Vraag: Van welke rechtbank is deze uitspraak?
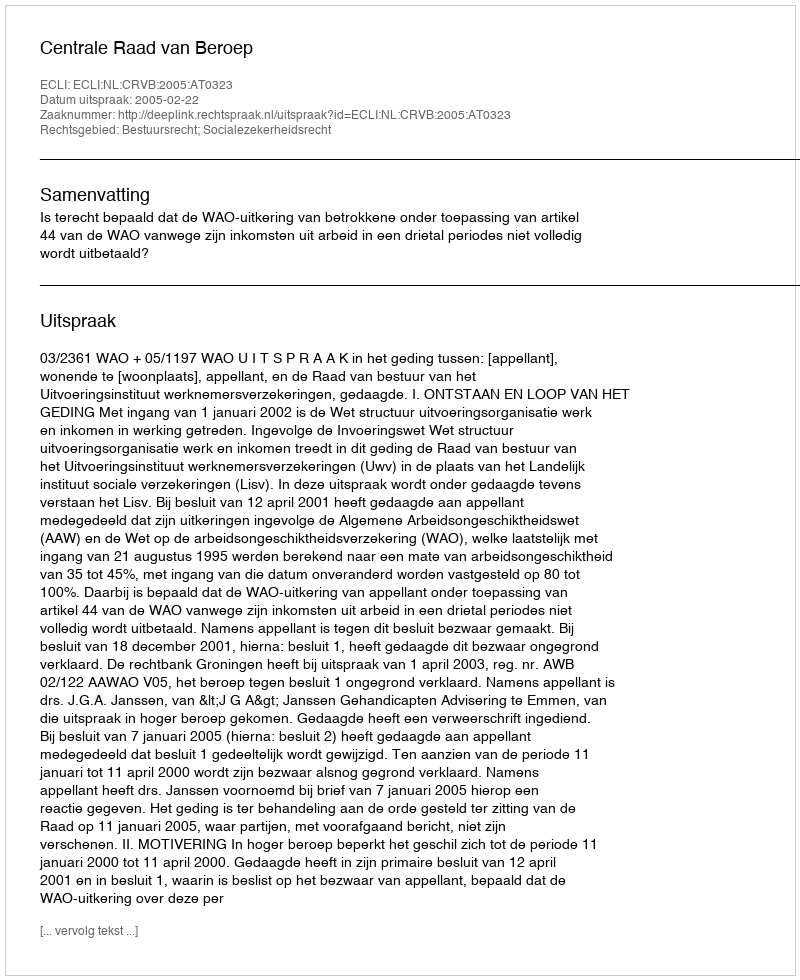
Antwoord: Centrale Raad van Beroep